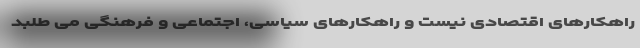
راهکارهای اقتصادی نیست و راهکارهای سیاسی، اجتماعی و فرهنگی می طلبد